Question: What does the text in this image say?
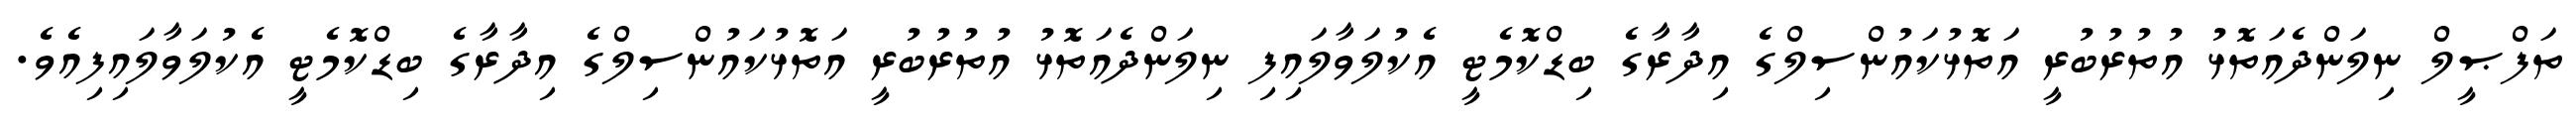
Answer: ތަފްޞީލް ނިލަންދެއަތޮޅު އުތުރުބުރީ އަތޮޅުކައުންސިލްގެ އިދާރާގެ ބިޑްކޮމެޓީ އެކުލަވާލައިފި ނިލަންދެއަތޮޅު އުތުރުބުރީ އަތޮޅުކައުންސިލްގެ އިދާރާގެ ބިޑްކޮމެޓީ އެކުލަވާލައިފިއެވެ.